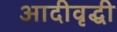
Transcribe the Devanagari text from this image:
आदीवृद्धी